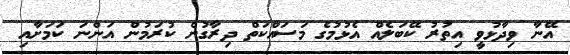
އޭނާ ވިދާޅުވީ އިތުރު ކޭބަލެއް އެޅުމުގެ މަސައްކަތް ދިރާގުން ކުރަމުން އަންނަ ކަމަށާއި